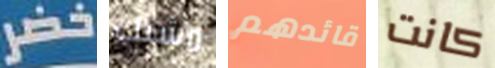
خضر مشبك قائدهم كانت